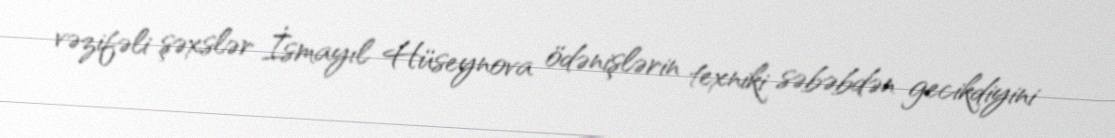
vəzifəli şəxslər İsmayıl Hüseynova ödənişlərin texniki səbəbdən gecikdiyini